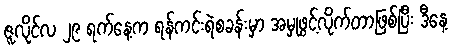
ဇူလိုင်လ ၂၉ ရက်နေ့က ရန်ကင်းရဲစခန်းမှာ အမှုဖွင့်လိုက်တာဖြစ်ပြီး ဒီနေ့